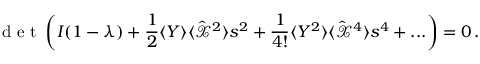
\textrm { d e t } \left( I ( 1 - \lambda ) + \frac { 1 } { 2 } \langle Y \rangle \langle { \hat { \mathcal X } } ^ { 2 } \rangle s ^ { 2 } + \frac { 1 } { 4 ! } \langle Y ^ { 2 } \rangle \langle { \hat { \mathcal X } } ^ { 4 } \rangle s ^ { 4 } + . . . \right) = 0 \, .